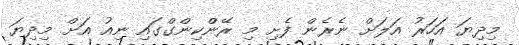
މިދިޔަ އަހަރު އަލަށް ނެރެން ފެށި މި ރޭންކިންގްގައި ނިއު އަށް މިދިޔަ